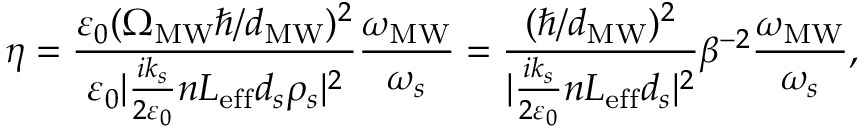
\eta = \frac { \varepsilon _ { 0 } ( \Omega _ { \mathrm { M W } } \hbar / d _ { \mathrm { M W } } ) ^ { 2 } } { \varepsilon _ { 0 } | \frac { i k _ { s } } { 2 \varepsilon _ { 0 } } n L _ { \mathrm { e f f } } d _ { s } \rho _ { s } | ^ { 2 } } \frac { \omega _ { \mathrm { M W } } } { \omega _ { s } } = \frac { ( \hbar / d _ { \mathrm { M W } } ) ^ { 2 } } { | \frac { i k _ { s } } { 2 \varepsilon _ { 0 } } n L _ { \mathrm { e f f } } d _ { s } | ^ { 2 } } \beta ^ { - 2 } \frac { \omega _ { \mathrm { M W } } } { \omega _ { s } } ,